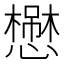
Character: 𢣬